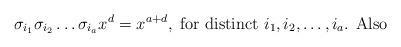
LaTeX: \begin{align*}\sigma_{i_{1}}\sigma_{i_{2}}\dots \sigma_{i_{a}}x^{d}=x^{a+d} , \mbox{ for distinct $i_{1}, i_{2},\dots ,i_{a}$. Also}\end{align*}